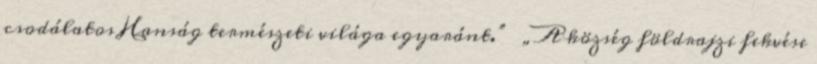
csodálatos Hanság természeti világa egyaránt.” ▪„A község földrajzi fekvése